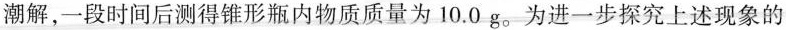
潮解，一段时间后测得锥形瓶内物质质量为10.0 g.为进一步探究上述现象的